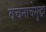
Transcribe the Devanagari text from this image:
वचनाचेसुद्धा